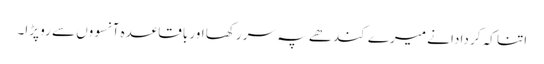
اتنا کہ کر دادا نے میرے کندھے پہ سر رکھا اور باقاعدہ آنسووں سے رو پڑا۔